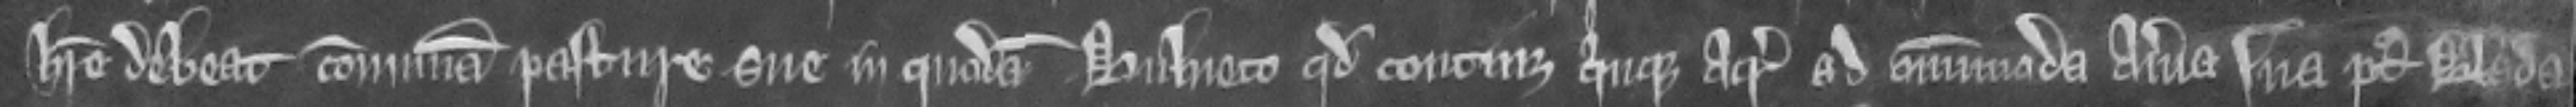
habere debeat communam pasture sue in quodam bulneto quod continet quinque acras ad omnimoda averia sua post blada